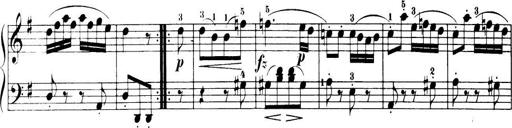
Title: 32 Sonatinas and Rondos for the Piano
Composer: Richard Kleinmichel